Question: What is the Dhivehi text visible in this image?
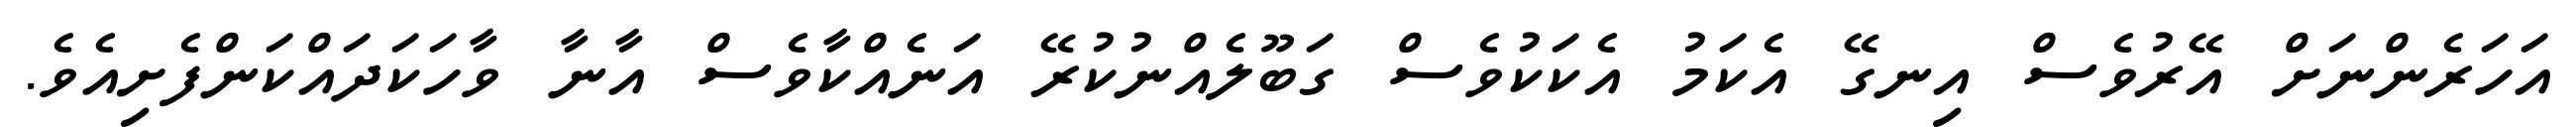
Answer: އަހަރެންނަށް އޭރުވެސް އިނގޭ އެކަމު އެކަކުވެސް ގަބޫލެއްނުކުރޭ އަނެއްކާވެސް އާނާ ވާހަކަދައްކަންފެށިއެވެ.